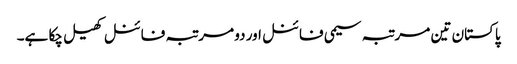
پاکستان تین مرتبہ سیمی فائنل اور دو مرتبہ فائنل کھیل چکا ہے۔